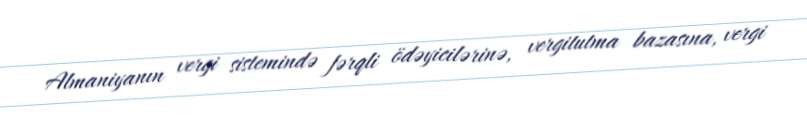
Almaniyanın vergi sistemində fərqli ödəyicilərinə, vergitutma bazasına, vergi